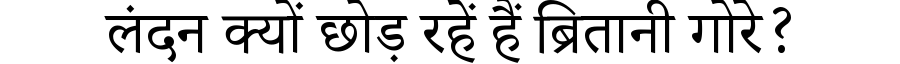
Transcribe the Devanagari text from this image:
लंदन क्यों छोड़ रहें हैं ब्रितानी गोरे?